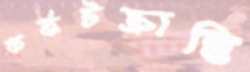
কর্কটক্রান্তি